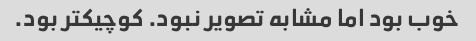
خوب بود اما مشابه تصویر نبود. کوچیکتر بود.